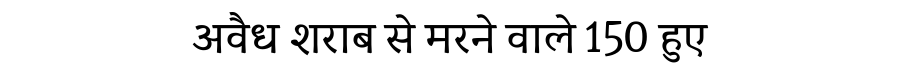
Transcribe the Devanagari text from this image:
अवैध शराब से मरने वाले 150 हुए